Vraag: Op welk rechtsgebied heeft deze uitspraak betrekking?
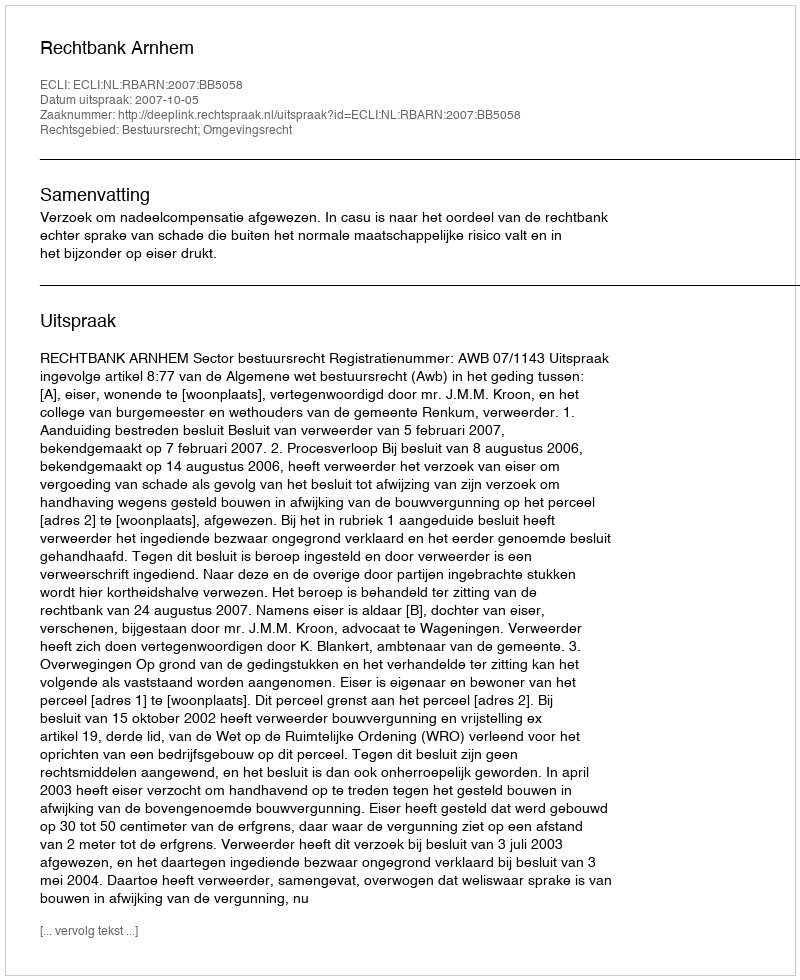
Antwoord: Bestuursrecht; Omgevingsrecht